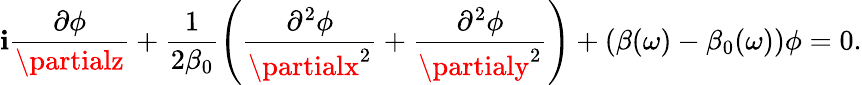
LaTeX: \mathbf{i}\frac{{\partial\phi}}{{\partialz}}+\frac{{1}}{{2\beta_{0}}}\left(\frac{{\partial^{2}\phi}}{{\partialx^{2}}}+\frac{{\partial^{2}\phi}}{{\partialy^{2}}}\right)+(\beta(\omega)-\beta_{0}(\omega))\phi=0.